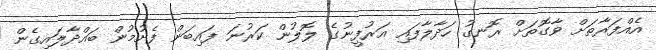
އެއްފަރާތަށް ވާގޮތަށް ރޮނގު ހަދާލާފައި އަރުފީނުގެ ލޮލުން ކަރުނަ ފައިބަން ފެށުމުން ބައްދާލައިގެން